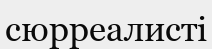
сюрреалисті